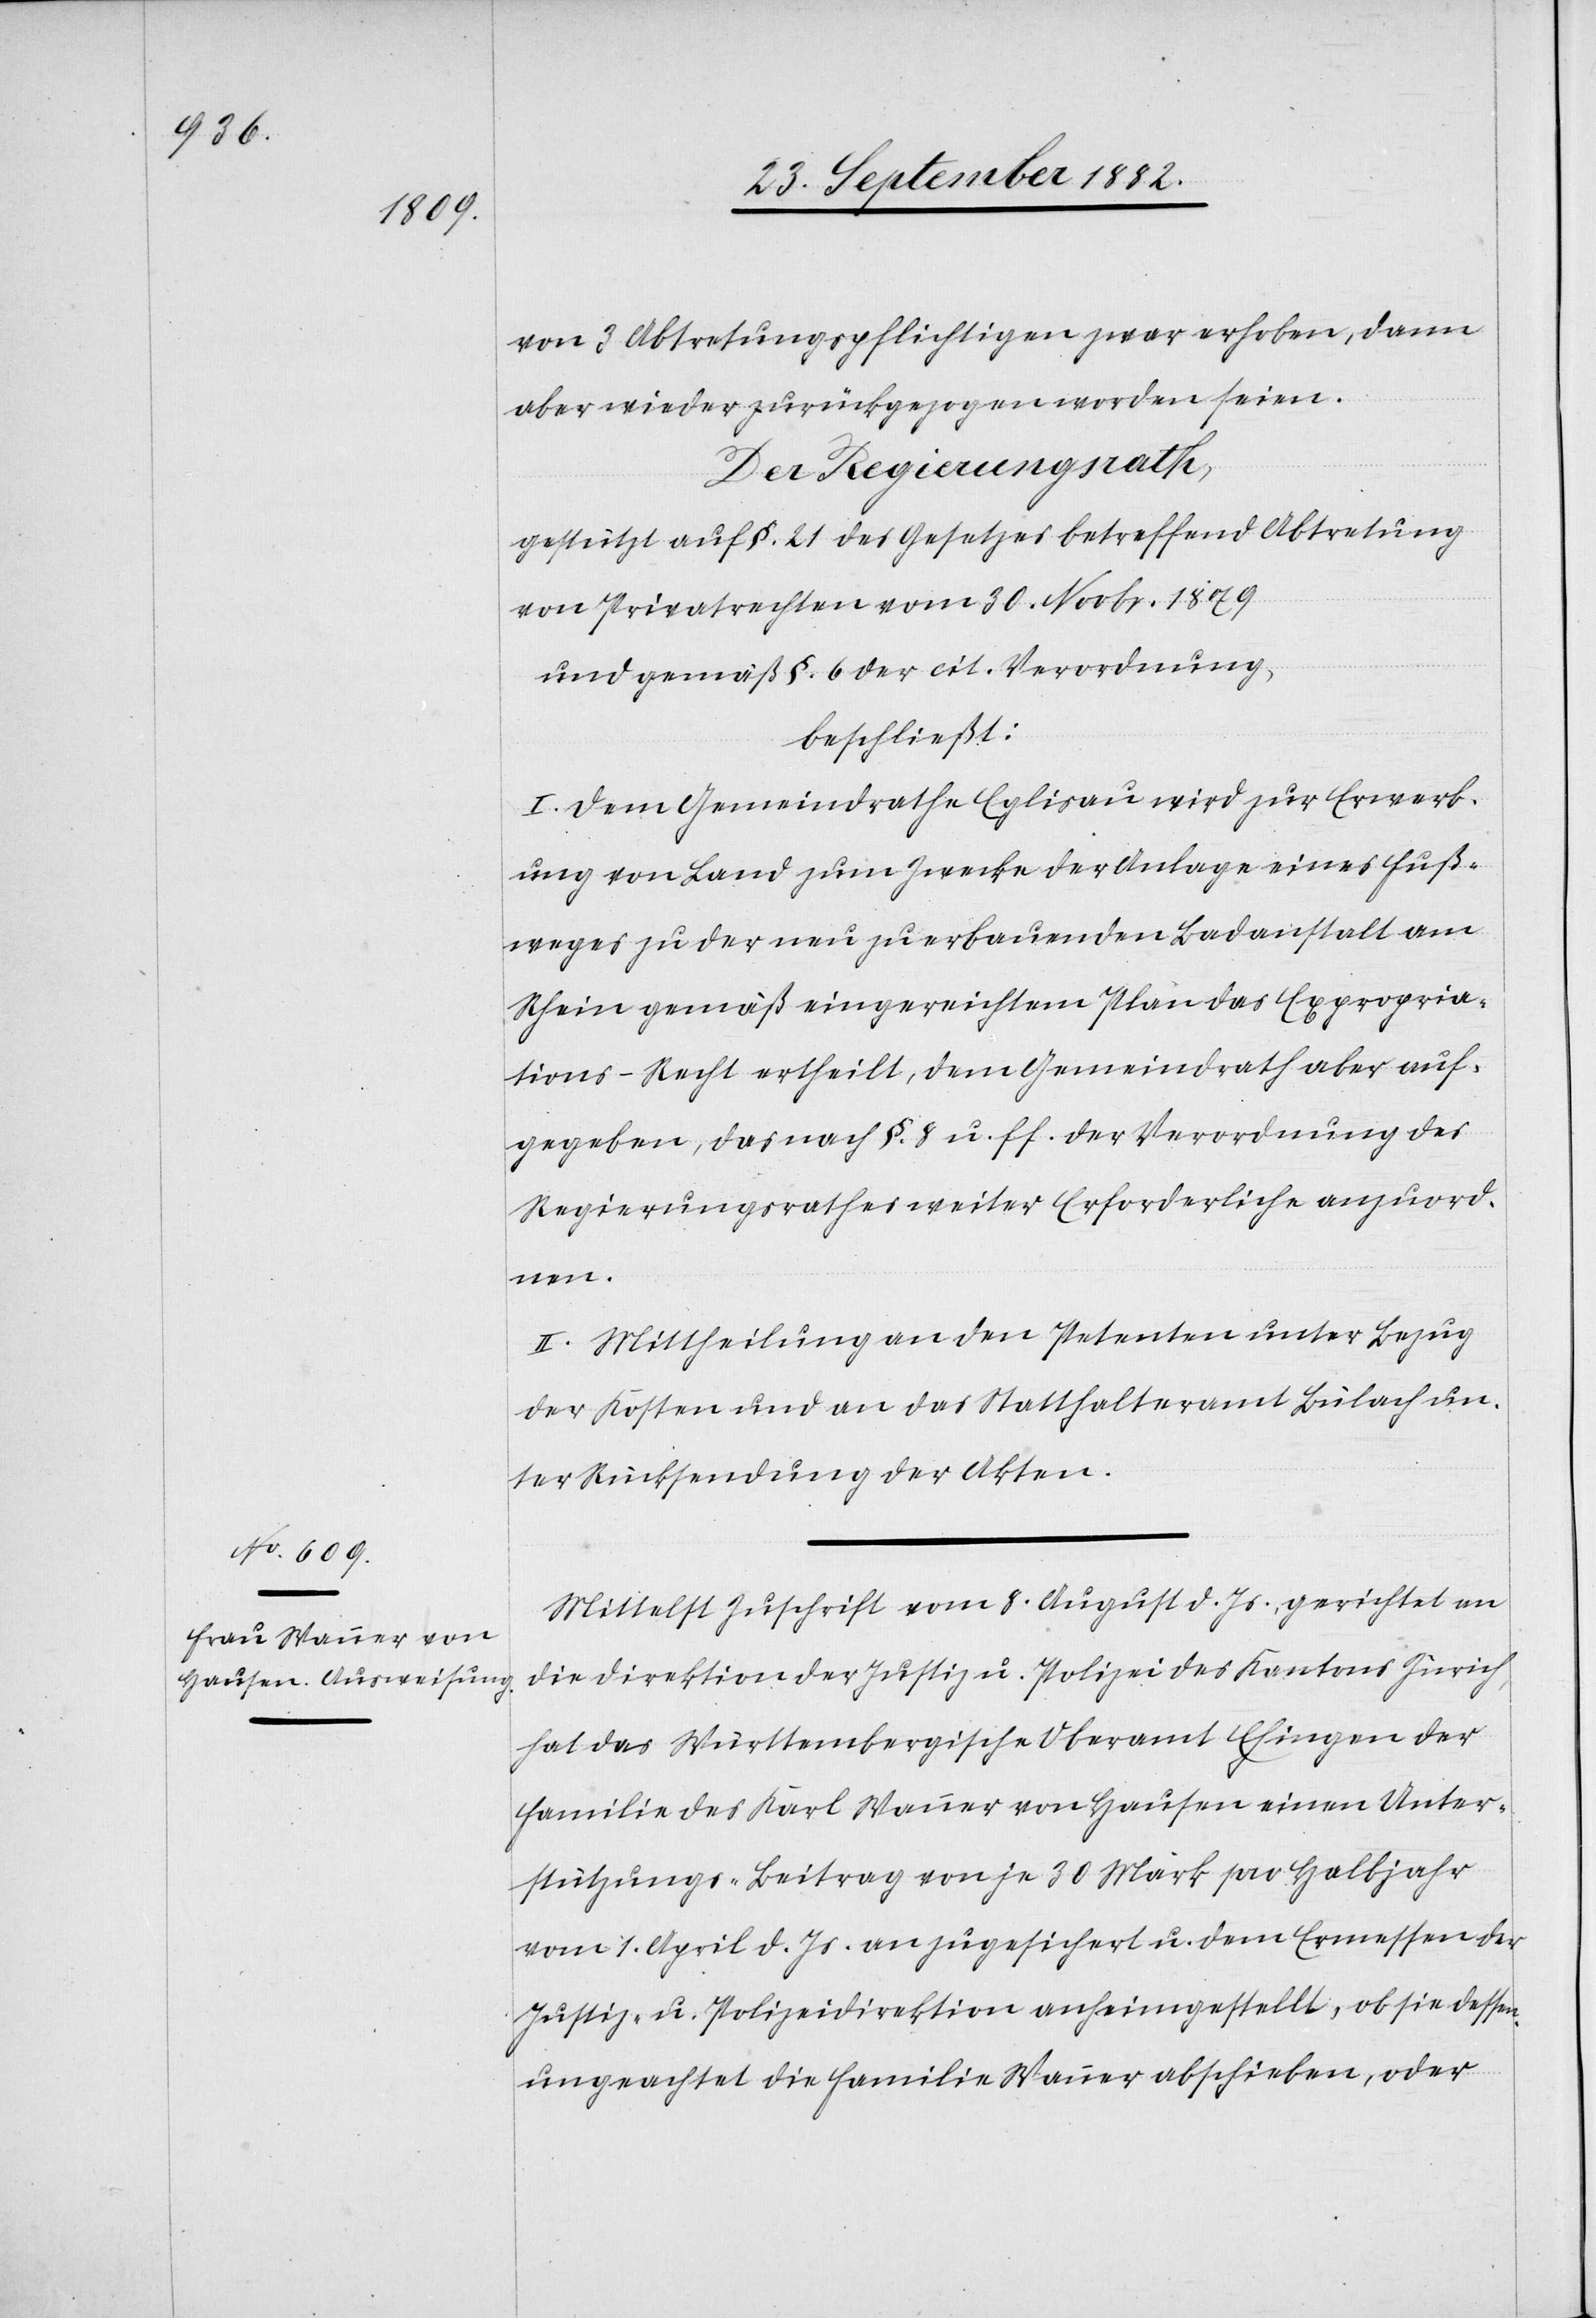
von 3 Abtretungspflichtigen zwar erhoben, dann
aber wieder zurückgezogen worden seien.
Der Regierungsrath,
gestützt auf §. 21 des Gesetzes betreffend Abtretung
von Privatrechten vom 30. Novbr. 1879
und gemäß §. 6 der cit. Verordnung,
beschließt:
I. Dem Gemeindrathe Eglisau wird zur Erwerb¬
ung von Land zum Zwecke der Anlage eines Fuß¬
weges zu der neu zu erbauenden Badanstalt am
Rhein gemäß eingereichtem Plan das Expropria¬
tions-Recht ertheilt, dem Gemeindrath aber auf¬
gegeben, das nach §. 8 u. ff. der Verordnung des
Regierungsrathes weiter Erforderliche anzuord¬
nen.
II. Mittheilung an den Petenten unter Bezug
der Kosten und an das Statthalteramt Bülach un¬
ter Rücksendung der Akten.
Mittelst Zuschrift vom 8. August d. Js., gerichtet an
die Direktion der Justiz & Polizei des Kantons Zürich,
hat das Württembergische Oberamt Ehingen der
Familie des Karl Wanner von Hausen einen Unter¬
stützungs-Beitrag von je 30 Mark pro Halbjahr
vom 1. April d. Js. an zugesichert u. dem Ermessen der
Justiz- & Polizeidirektion anheimgestellt, ob sie dessen¬
ungeachtet die Familie Wanner abschieben, oder